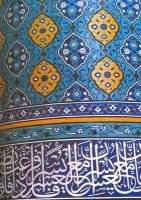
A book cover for Nahjul Balagha: Peak of Eloquence; Ali ibn Abu-Talib; Religion & Spirituality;